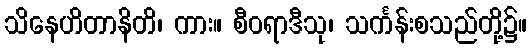
သိနေဟိတာနိတိ၊ ကား။ စီဝရာဒီသု၊ သင်္ကန်းစသည်တို့၌။